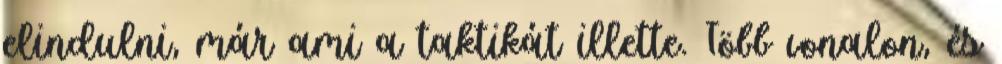
elindulni, már ami a taktikát illette. Több vonalon, és